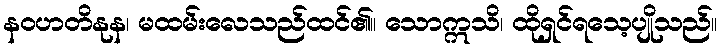
နဝဟတိနုန၊ မထမ်းလေသည်ထင်၏။ သောဣသိ၊ ထိုရှင်ရသေ့ပျိုသည်။